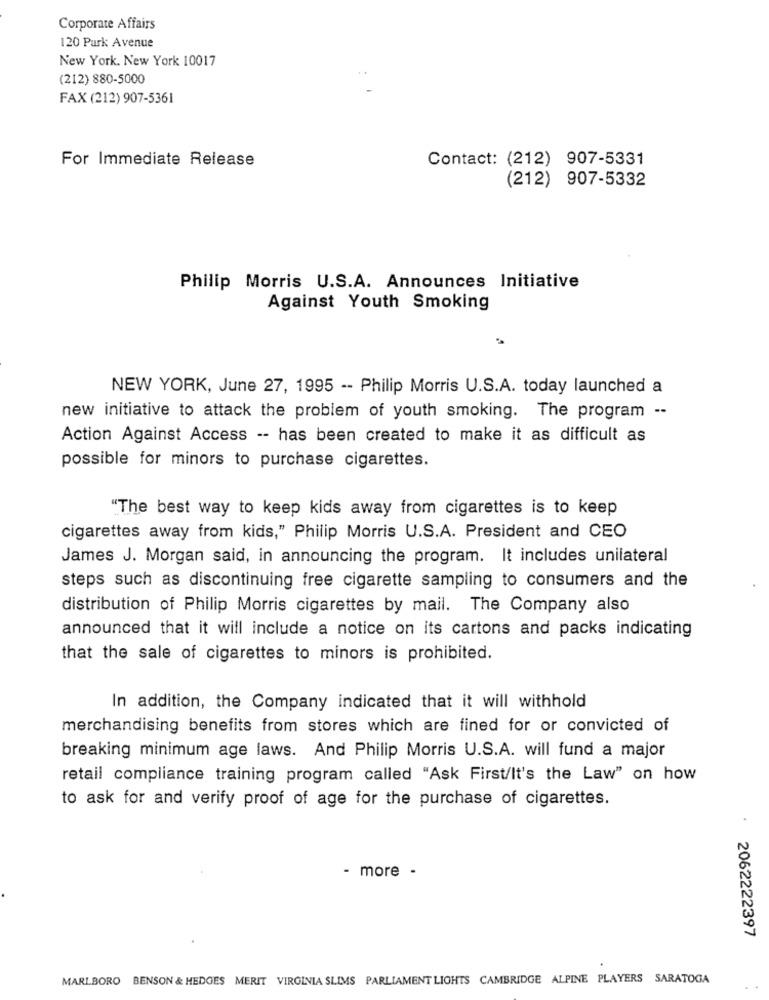
Corporate Affairs
120 Park Avenue
New York. New York 10017
(212) 880-5000
FAX (212) 907-5361
For Immediate Release
Contact: (212) 907-5331
(212) 907-5332
Philip Morris U.S.A. Announces Initiative
Against Youth Smoking
NEW YORK, June 27, 1995 -- Philip Morris U.S.A. today launched a
new initiative to attack the problem of youth smoking. The program --
Action Against Access -- has been created to make it as difficult as
possible for minors to purchase cigarettes.
"The best way to keep kids away from cigarettes is to keep
cigarettes away from kids," Philip Morris U.S.A. President and CEO
James J. Morgan said, in announcing the program. It includes unilateral
steps such as discontinuing free cigarette sampling to consumers and the
distribution of Philip Morris cigarettes by mail. The Company also
announced that it will include a notice on its cartons and packs indicating
that the sale of cigarettes to minors is prohibited.
In addition, the Company indicated that it will withhold
merchandising benefits from stores which are fined for or convicted of
breaking minimum age laws. And Philip Morris U.S.A. will fund a major
retail compliance training program called "Ask First/It's the Law" on how
to ask for and verify proof of age for the purchase of cigarettes.
- more -
: 2062222397
MARLBORO BENSON & HEDGES MERIT VIRGINIA SLIMS PARLIAMENT LIGHTS CAMBRIDGE ALPINE PLAYERS SARATOGA